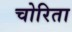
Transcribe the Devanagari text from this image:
चोरिता